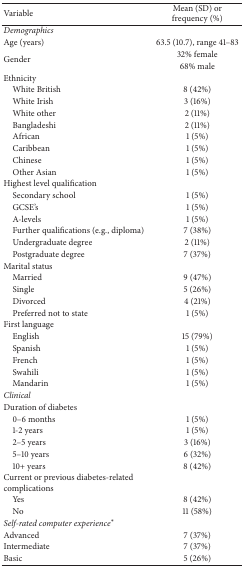
| Variable | Mean (SD) or frequency (%) |
 | --- | --- |
 | Demographics |  |
 | Age (years) | 63.5 (10.7), range 41–83 |
 | <ROWSPAN=2> Gender | 32% female |
 | 68% male |
 | Ethnicity |  |
 | White British | 8 (42%) |
 | White Irish | 3 (16%) |
 | White other | 2 (11%) |
 | Bangladeshi | 2 (11%) |
 | African | 1 (5%) |
 | Caribbean | 1 (5%) |
 | Chinese | 1 (5%) |
 | Other Asian | 1 (5%) |
 | Highest level qualification |  |
 | Secondary school | 1 (5%) |
 | GCSE's | 1 (5%) |
 | A-levels | 1 (5%) |
 | Further qualifications (e.g., diploma) | 7 (38%) |
 | Undergraduate degree | 2 (11%) |
 | Postgraduate degree | 7 (37%) |
 | Marital status |  |
 | Married | 9 (47%) |
 | Single | 5 (26%) |
 | Divorced | 4 (21%) |
 | Preferred not to state | 1 (5%) |
 | First language |  |
 | English | 15 (79%) |
 | Spanish | 1 (5%) |
 | French | 1 (5%) |
 | Swahili | 1 (5%) |
 | Mandarin | 1 (5%) |
 | Clinical |  |
 | Duration of diabetes |  |
 | 0–6 months | 1 (5%) |
 | 1-2 years | 1 (5%) |
 | 2–5 years | 3 (16%) |
 | 5–10 years | 6 (32%) |
 | 10+ years | 8 (42%) |
 | Current or previous diabetes-related complications |  |
 | Yes | 8 (42%) |
 | No | 11 (58%) |
 | Self-rated computer experience∗ |  |
 | Advanced | 7 (37%) |
 | Intermediate | 7 (37%) |
 | Basic | 5 (26%) |